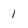
Character: 1